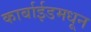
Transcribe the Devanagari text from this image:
कार्बाईडमधून